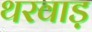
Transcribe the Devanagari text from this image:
थरवाड़